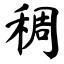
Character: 稠